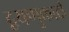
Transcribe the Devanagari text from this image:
द्वयणुकादी